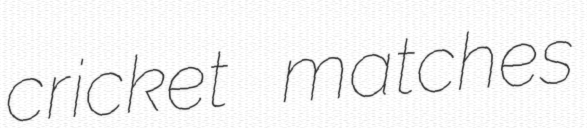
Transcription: cricket matches